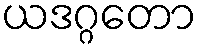
ယဒဂ္ဂတော